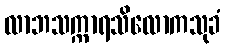
လာဘသက္ကာရသိလောကသုခံ